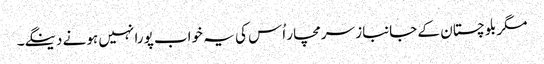
مگر بلوچستان کے جانباز سرمچار اُس کی یہ خواب پورا نہیں ہونے دینگے۔